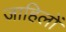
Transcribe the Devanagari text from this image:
जाहिलों